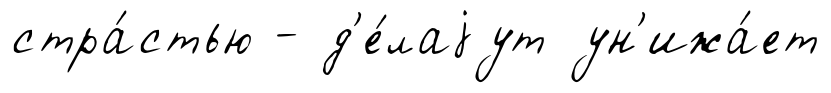
стра́стью - д'е́лаjут ун'ижа́ет